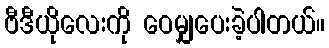
ဗီဒီယိုလေးကို ဝေမျှပေးခဲ့ပါတယ်။